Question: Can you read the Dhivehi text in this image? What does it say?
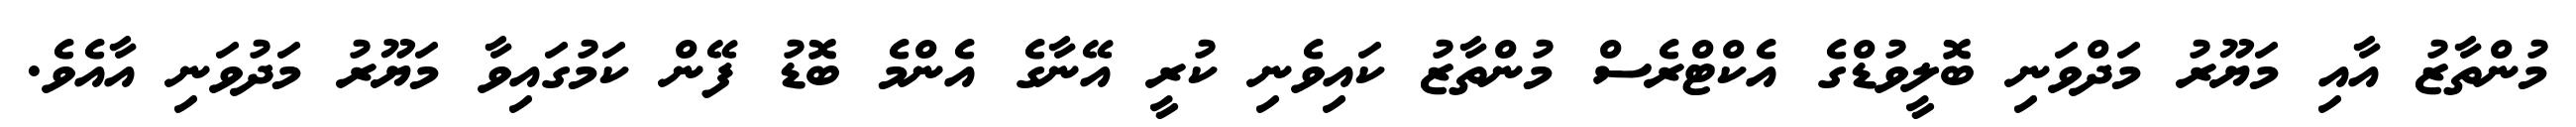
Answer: މުންތާޒު އާއި މަޔޫރު މަދްވަނި ބޮލީވުޑްގެ އެކްޓްރެސް މުންތާޒު ކައިވެނި ކުރީ އޭނާގެ އެންމެ ބޮޑު ފޭން ކަމުގައިވާ މަޔޫރު މަދުވަނި އާއެވެ.